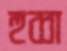
হুব্বা